Senior Leaving Certificate Examination (including Day School Certificate (Higher) General paper), 1950
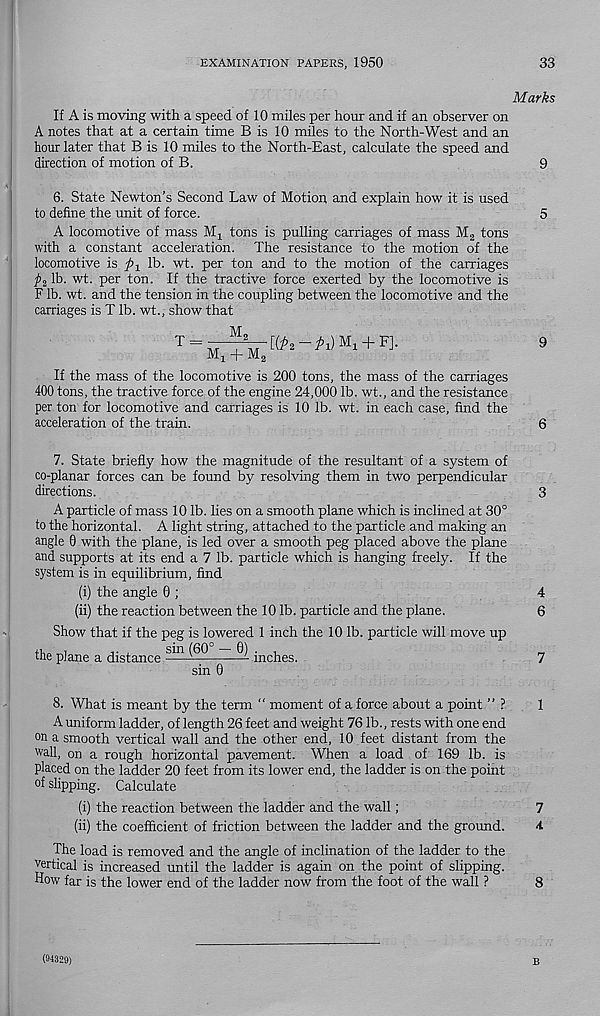
EXAMINATION PAPERS, 1950
33
Marks
If A is moving with a speed of 10 miles per hour and if an observer on
A notes that at a certain time B is 10 miles to the North-West and an
hour later that B is 10 miles to the North-East, calculate the speed and
direction of motion of B.
9
6. State Newton’s Second Law of Motion and explain how it is used
to define the unit of force.
5
A locomotive of mass M x tons is pulling carriages of mass M 2 tons
with a constant acceleration. The resistance to the motion of the
locomotive is p-^ lb. wt. per ton and to the motion of the carriages
p 2 lb. wt. per ton. If the tractive force exerted by the locomotive is
F lb. wt. and the tension in the coupling between the locomotive and the
carriages is T lb. wt., show that
M
t = —p Mu
9
Mi + Ma
If the mass of the locomotive is 200 tons, the mass of the carriages
400 tons, the tractive force of the engine 24,000 lb. wt., and the resistance
per ton for locomotive and carriages is 10 lb. wt. in each case, find the
acceleration of the train.
6
7. State briefly how the magnitude of the resultant of a system of
co-planar forces can be found by resolving them in two perpendicular
directions.
3
A particle of mass 10 lb. lies on a smooth plane which is inclined at 30°
to the horizontal. A light string, attached to the particle and making an
angle 0 with the plane, is led over a smooth peg placed above the plane
and supports at its end a 7 lb. particle which is hanging freely. If the
system is in equilibrium, find
(i) the angle 0 ;
(ii) the reaction between the 10 lb. particle and the plane.
Show that if the peg is lowered 1 inch the 10 lb. particle will move up
the plane a distance
^^ inches.
7
sin 0
8. What is meant by the term " moment of a force about a point ” ?
1
A uniform ladder, of length 26 feet and weight 76 lb., rests with one end
on a smooth vertical wall and the other end, 10 feet distant from the
wall, on a rough horizontal pavement. When a load of 169 lb. is
placed on the ladder 20 feet from its lower end, the ladder is on the point
of slipping. Calculate
(i) the reaction between the ladder and the wall;
7
(ii) the coefficient of friction between the ladder and the ground.
4
The load is removed and the angle of inclination of the ladder to the
vertical is increased until the ladder is again on the point of slipping.
How far is the lower end of the ladder now from the foot of the wall ?
8
(94329)
B
CO